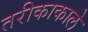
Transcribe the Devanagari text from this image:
तरीकाकाले